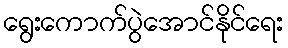
ရွေးကောက်ပွဲအောင်နိုင်ရေး